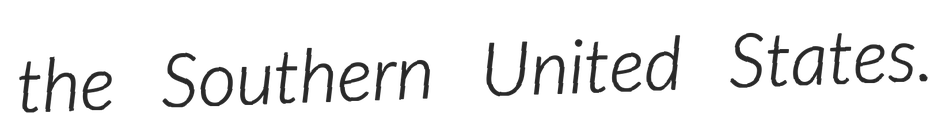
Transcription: the Southern United States.